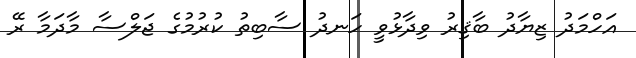
އަހްމަދު ޒިޔާދު ބާޤިރު ވިދާޅުވީ ހަނދު ސާބިތު ކުރުމުގެ ޖަލްސާ މާދަމާ ރޭ